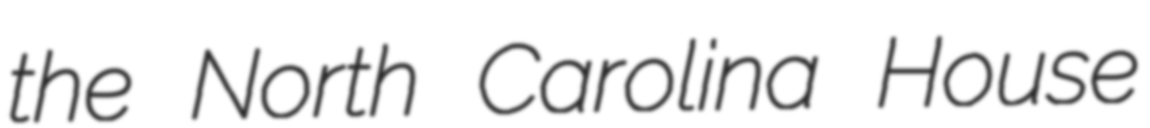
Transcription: the North Carolina House